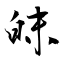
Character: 皌